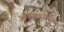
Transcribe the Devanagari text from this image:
ऑक्साइडेटिव